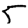
Digit: 5